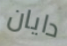
دايان